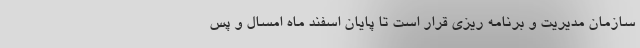
سازمان مدیریت و برنامه ریزی قرار است تا پایان اسفند ماه امسال و پس